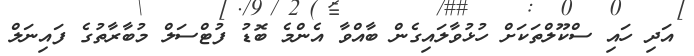
އަދި ހައި ސްކޫލްތަކަށް ހުޅުވާލައިގެން ބާއްވާ އެންމެ ބޮޑު ފުޓްސަލް މުބާރާތުގެ ފައިނަލް